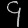
Digit: ၄